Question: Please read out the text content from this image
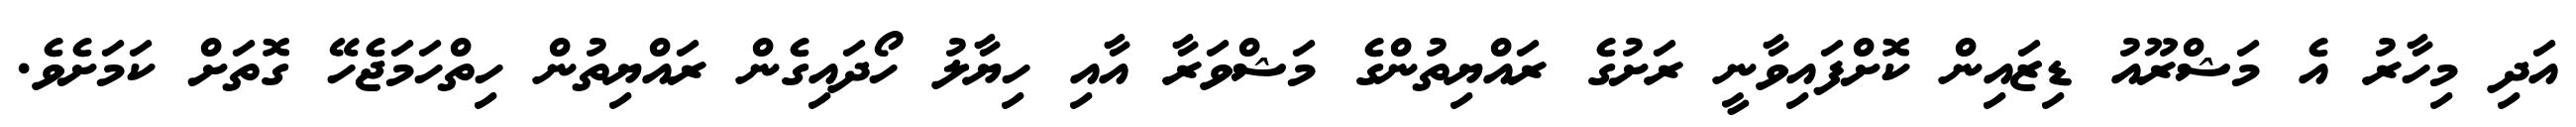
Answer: އަދި މިހާރު އެ މަޝްރޫއު ޑިޒައިން ކޮށްފައިވާނީ ރަށުގެ ރައްޔިތުންގެ މަޝްވަރާ އާއި ހިޔާލު ހޯދައިގެން ރައްޔިތުން ހިތްހަމަޖެހޭ ގޮތަށް ކަމަށެވެ.